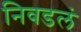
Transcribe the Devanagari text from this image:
निवडलं